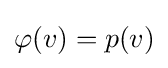
\varphi (v)=p(v)